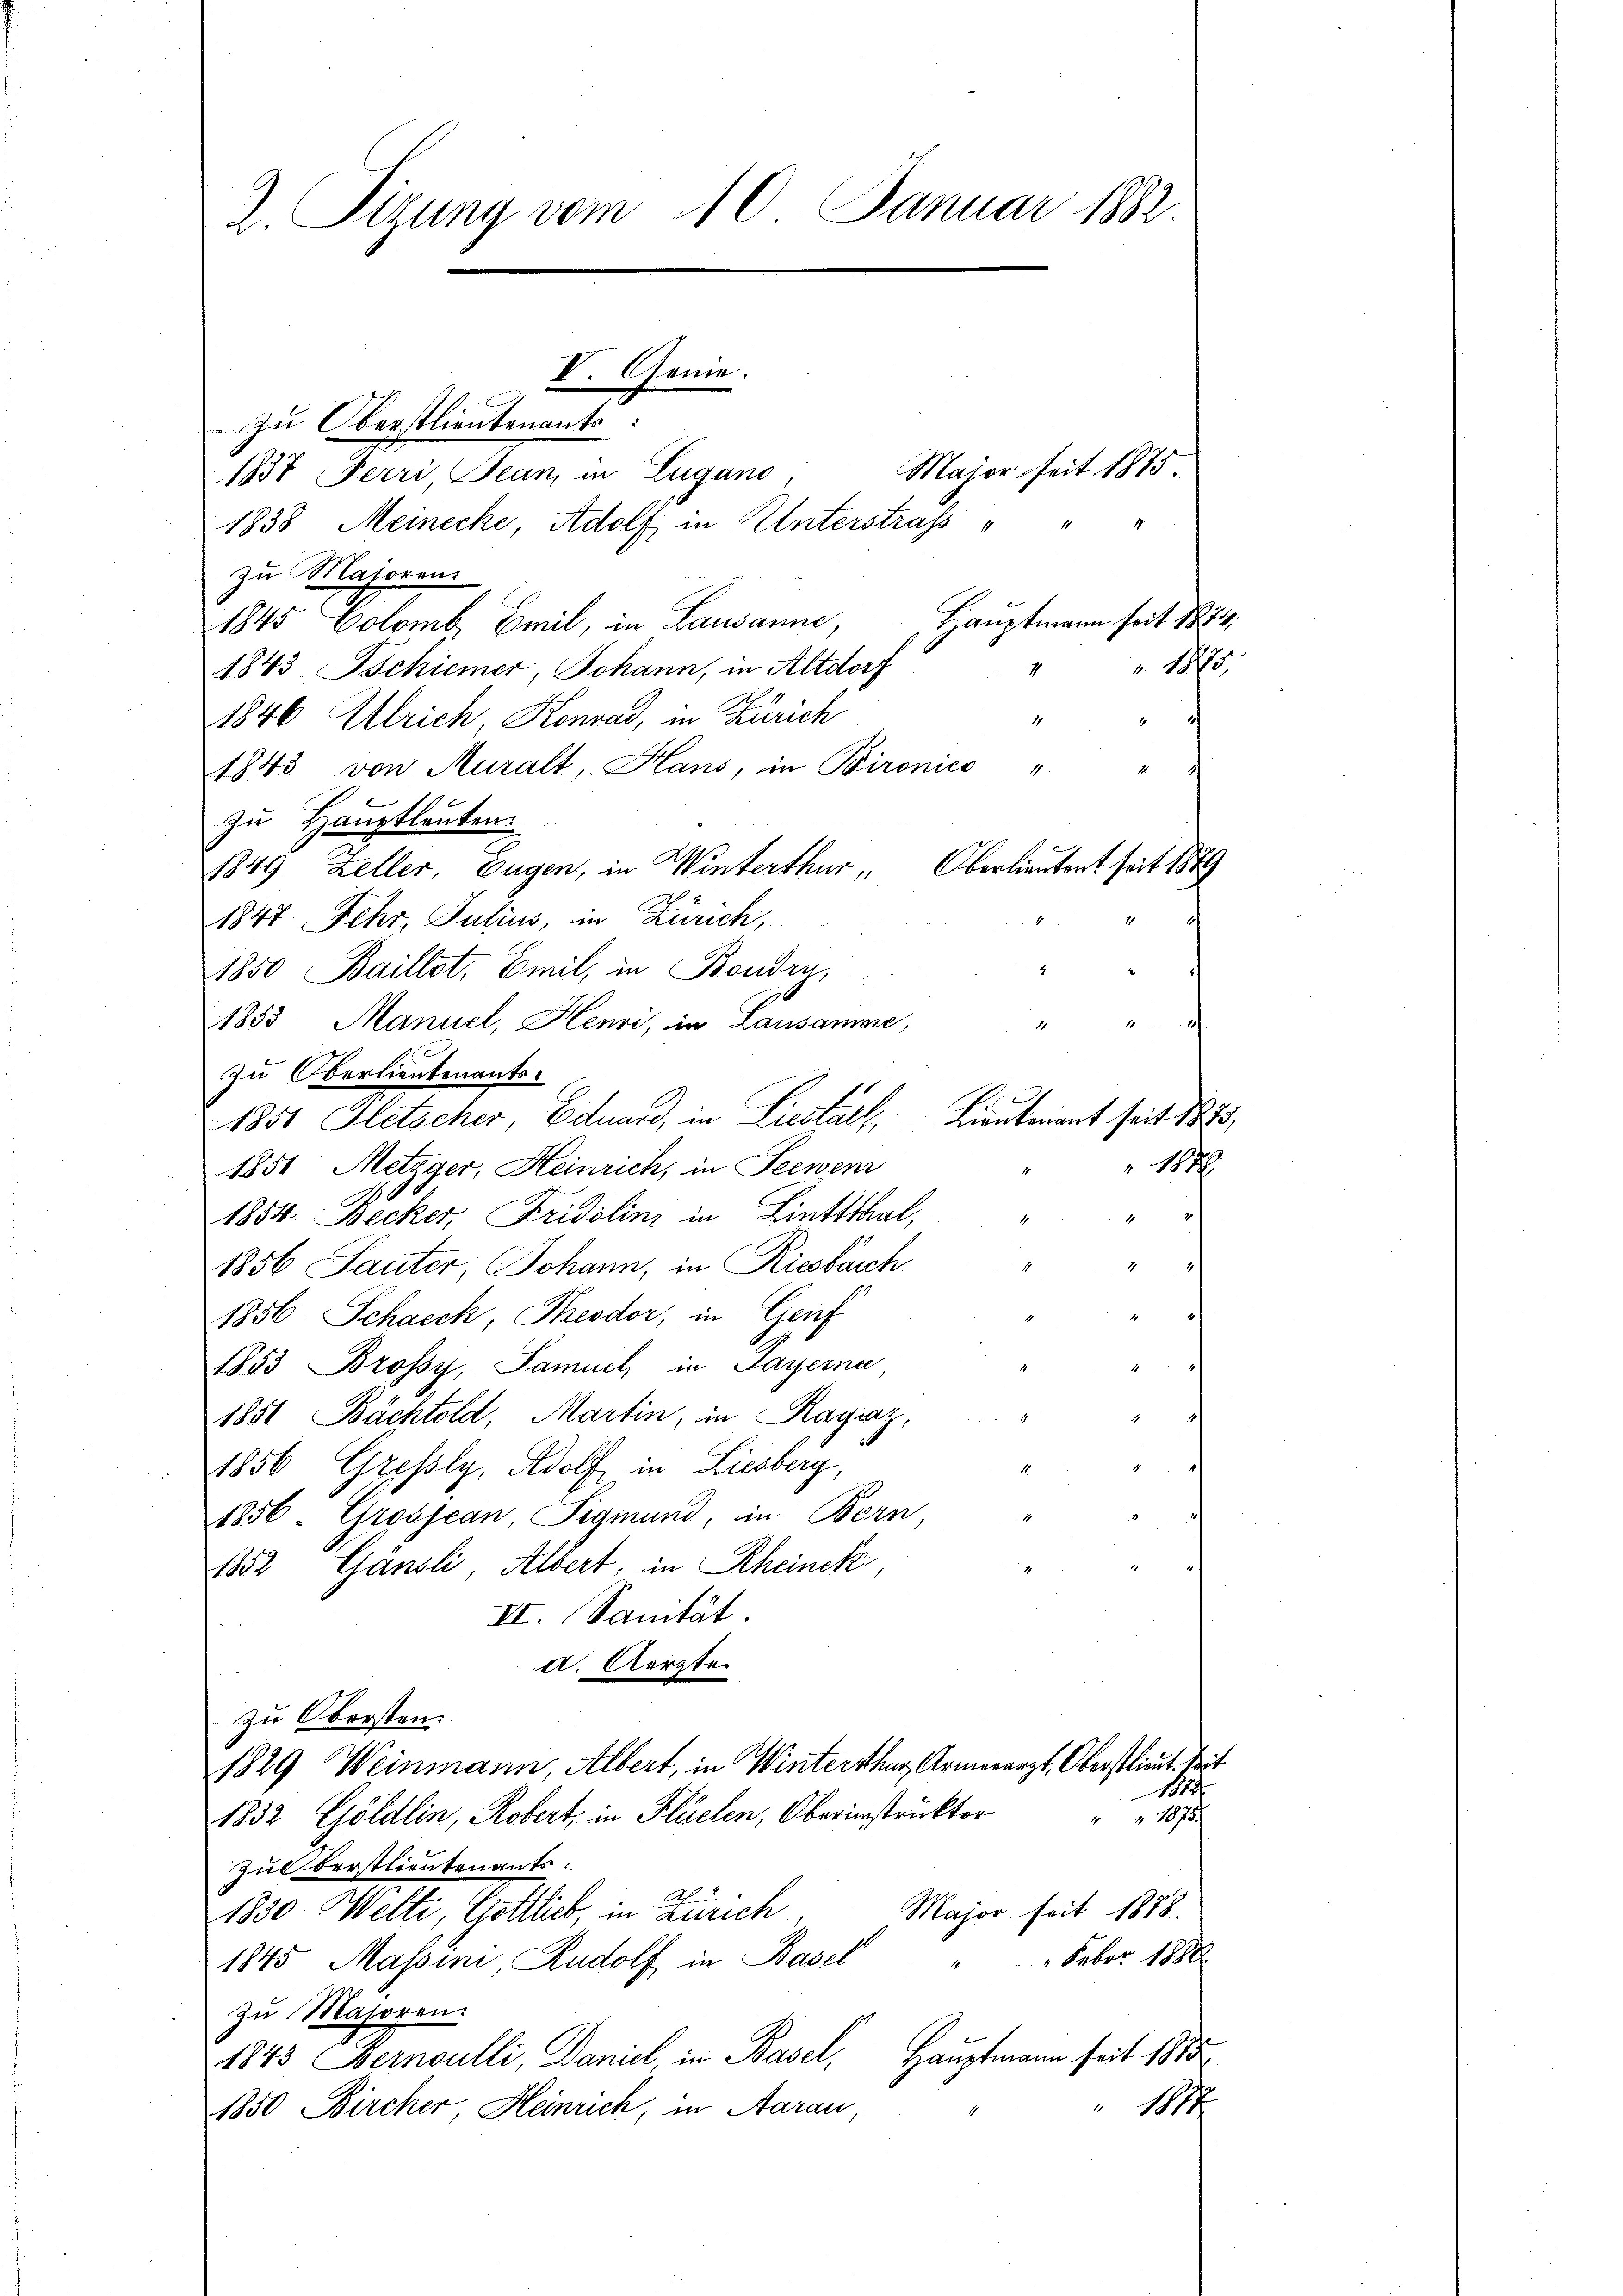
2. Tizung vom 10. Januar 1882.

V. Genie.

zu Oberstlieutenants.
181. Der Juni in Lugano
1838 Meinecke, Adolf in Unterstraf
zu Majoren
Hauptmann seit 1854.
1845 Colomb. Emil, in Lausanne,
" 1875
1843 Bschiener, Johann, in Altdorf
1846 Ulrich, Konrad, in Zürich
1
1
1843 von Muralt, Hans, in Bironico " "
zu Hauptleuten
1849. Zeller, Eugen, in Winterthur , Oberlieutent seit 1889
1847 Fehr, Julius, in Zürich,
1850 Baillot, Emil, in Boudry,
1853 Manuel, Henri, in Lausamme,
zu Oberlieutenants.
1851 Hletscher, Eduard, in Liestall, Lieutenant seit 1873,
112
1851 Metzger, Heinrich, in Seewen
1854 Becker, Fridolini in Linttthal,
1856 Sauter, Johann, in Riesbach
1856. Schacck, Theodor, in Genf
1853 Brossy, Samuel in Payerna
1851 Bächtold, Martin, in Ragiaz,
1856 Gresly, Adolf in Liesberg,
1856. Grossean, Sigmund, in Bern,
1832 Gänsli, Albert, in Rheinek
II. Sanität.
d. Aerzte
zu Obersten.
1829 Weinmann, Albert, in Winterthur, Armenarzt, Oberstlieut. Seit
114
1875
1832 Göldlin, Robert, in Flüelen, Oberinstruktor
1
zu Oberstlieutenants:
Major seit 1878.
1850 Welti, Gottlieb, in Zürich
 Feber 1888.
1845 Massini, Rudolf in Basel
zu Majoren.
1845 Bernoulli, Daniel, in Basel, Hauptmann seit 1875
1877
1850 Bircher Heinrich, in Aarau,

Major seit 1875
1

1.